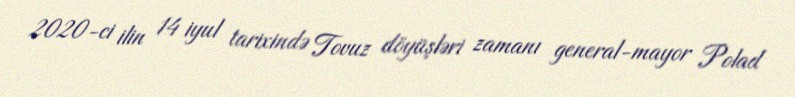
2020-ci ilin 14 iyul tarixində Tovuz döyüşləri zamanı general-mayor Polad